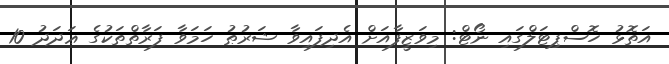
އަތޮޅު ހޮސްޕިޓަލްގައި ނޯޓް: މިވަޒީފާއަށް އެދިފައިވާ ޝަރުޠު ހަމަވާ ފަރާތްތަކުގެ ޢަދަދު 10